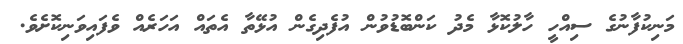
މަނިކުފާނުގެ ސިއްހީ ހާލުކޮޅާ މެދު ކަންބޮޑުވުން އުފެދިގެން އުޅޭތާ އެތައް އަހަރެއް ވެފައިވަނިކޮށެވެ.